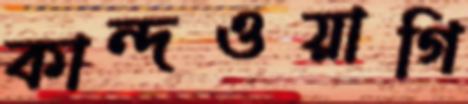
কান্দওয়াগি